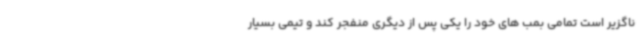
ناگزیر است تمامی بمب های خود را یکی پس از دیگری منفجر کند و تیمی بسیار